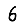
Digit: 6